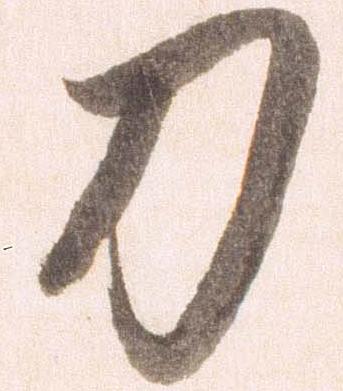
刀